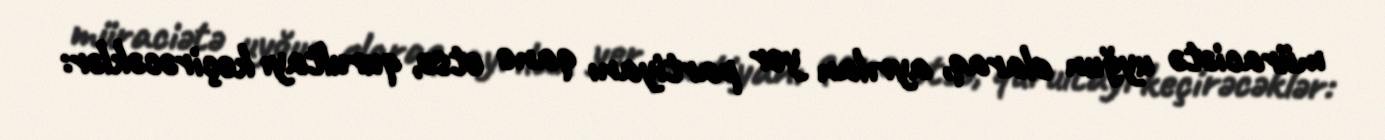
müraciətə uyğun olaraq, ayrılan yer partiyanı qane etsə, qurultayı keçirəcəklər: